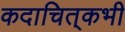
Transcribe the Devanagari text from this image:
कदाचित्‌कभी